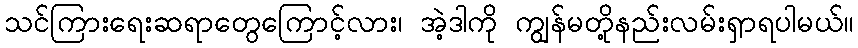
သင်ကြားရေးဆရာတွေကြောင့်လား၊ အဲ့ဒါကို ကျွန်မတို့နည်းလမ်းရှာရပါမယ်။